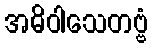
အဓိဝါသေတဗ္ဗံ